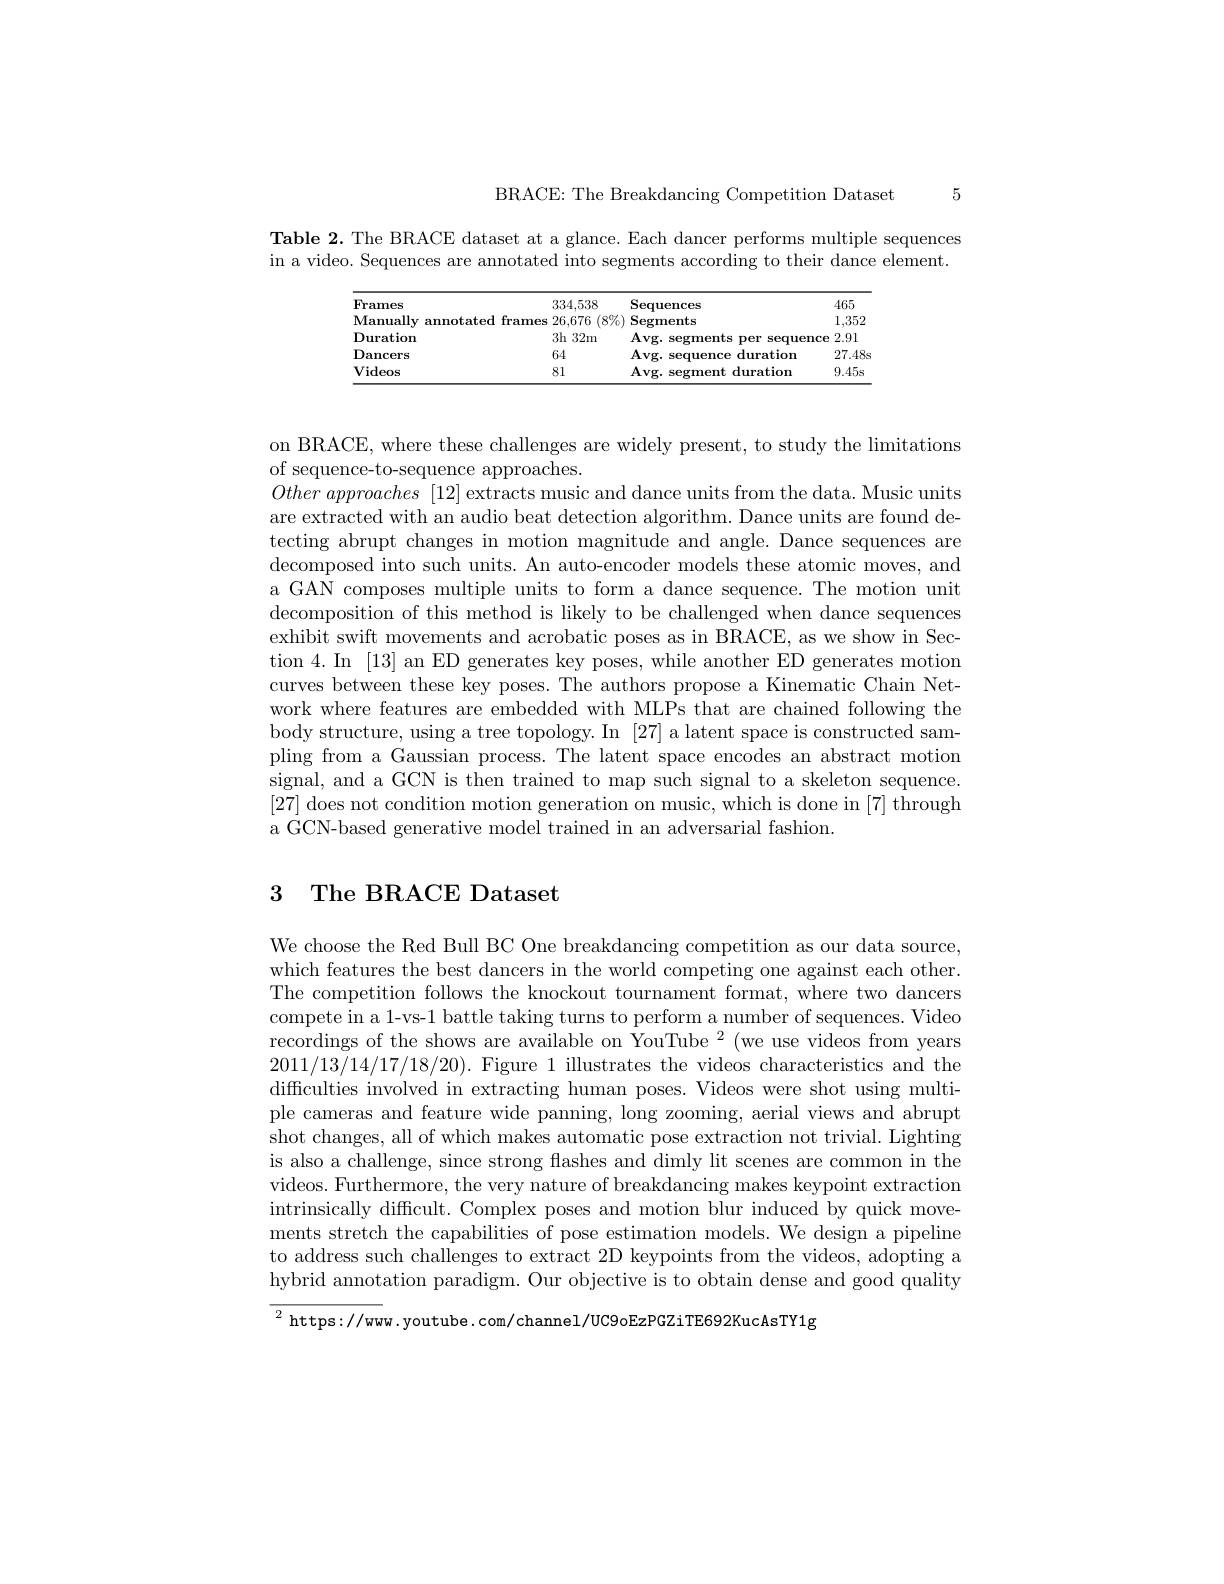
5

BRACE: The Breakdancing Competition Dataset

Table 2. The BRACE dataset at a glance. Each dancer performs multiple sequences in a video. Sequences are annotated into segments according to their dance element.

<table>
	<tbody>
		<tr>
			<th>$\mathbf{Frames}$</th>
			<th>334,538</th>
			<th>$\mathbf{Sequences}$</th>
			<th>465</th>
		</tr>
		<tr>
			<td>annotated frames $\mathbf{Manually}$</td>
			<td>$(8\%)$ 26,676</td>
			<td>Segments</td>
			<td>1,352</td>
		</tr>
		<tr>
			<td>$\mathbf{Duration}$</td>
			<td>3h 32m 1</td>
			<td>$\mathbf{Avg.~segme}$ nts Der sequence</td>
			<td>2.91</td>
		</tr>
		<tr>
			<td>$\mathbf{Dancers}$</td>
			<td>64</td>
			<td>$\mathbf{Avg.~sequence}$ duration</td>
			<td>27.48</td>
		</tr>
		<tr>
			<td>$\mathbf{Videos}$</td>
			<td>81</td>
			<td>Avg. segment , duration</td>
			<td>9.45s</td>
		</tr>
	</tbody>
</table>

on BRACE, where these challenges are widely present, to study the limitations
of sequence-to-sequence approaches.
$Otherapproaches~[12]$ extracts music and dance units from the data. Music units are extracted with an audio beat detection algorithm. Dance units are found detecting abrupt changes in motion magnitude and angle. Dance sequences are decomposed into such units. An auto-encoder models these atomic moves, and a GAN composes multiple units to form a dance sequence. The motion unit decomposition of this method is likely to be challenged when dance sequences exhibit swift movements and acrobatic poses as in BRACE, as we show in Section 4. In [13] an ED generates key poses, while another ED generates motion curves between these key poses. The authors propose a Kinematic Chain Network where features are embedded with MLPs that are chained following the body structure, using a tree topology. In [27] a latent space is constructed sampling from a Gaussian process. The latent space encodes an abstract motion signal, and a GCN is then trained to map such signal to a skeleton sequence. [27] does not condition motion generation on music, which is done in [7] through a GCN-based generative model trained in an adversarial fashion.

## 3 The BRACE Dataset

We choose the Red Bull BC One breakdancing competition as our data source, which features the best dancers in the world competing one against each other. The competition follows the knockout tournament format, where two dancers compete in a 1-vs-1 battle taking turns to perform a number of sequences. Video recordings of the shows are available on YouTube 2 (we use videos from years 2011/13/14/17/18/20). Figure 1 illustrates the videos characteristics and the difficulties involved in extracting human poses. Videos were shot using multiple cameras and feature wide panning, long zooming, aerial views and abrupt shot changes, all of which makes automatic pose extraction not trivial. Lighting is also a challenge, since strong flashes and dimly lit scenes are common in the videos. Furthermore, the very nature of breakdancing makes keypoint extraction intrinsically difficult. Complex poses and motion blur induced by quick movements stretch the capabilities of pose estimation models. We design a pipeline to address such challenges to extract 2D keypoints from the videos, adopting a hybrid annotation paradigm. Our objective is to obtain dense and good quality

$^{2}$https://www.youtube.com/channel/UC9oEzPGZiTE692KucAsTY1g